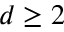
d \geq 2